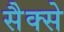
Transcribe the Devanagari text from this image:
सैक्से